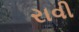
રાવી